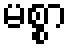
မစ္စာ